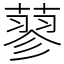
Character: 蓼